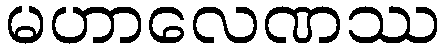
မဟာလေဏဿ